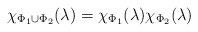
\begin{align*}\chi_{\Phi_1 \cup \Phi_2}(\lambda) = \chi_{\Phi_1}(\lambda)\chi_{\Phi_2}(\lambda)\end{align*}